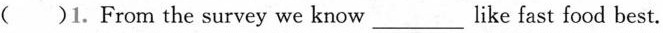
( )1. From the survey we know ___ like fast food best.